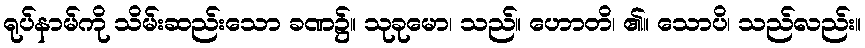
ရုပ်နာမ်ကို သိမ်းဆည်းသော ခဏ၌။ သုခုမော၊ သည်။ ဟောတိ၊ ၏။ သောပိ၊ သည်လည်း။